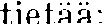
tietää: